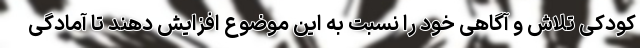
کودکی تلاش و آگاهی خود را نسبت به این موضوع افزایش دهند تا آمادگی